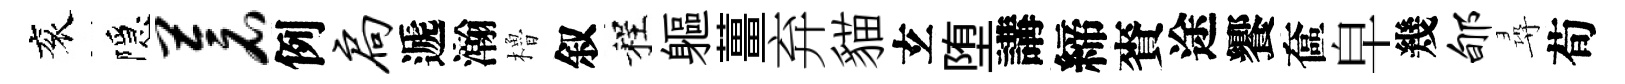
衮隱苍例扃遞瀚櫓叙程軀薑弃貓𤣥堕講締賚途饗奩皁幾郇尋荀